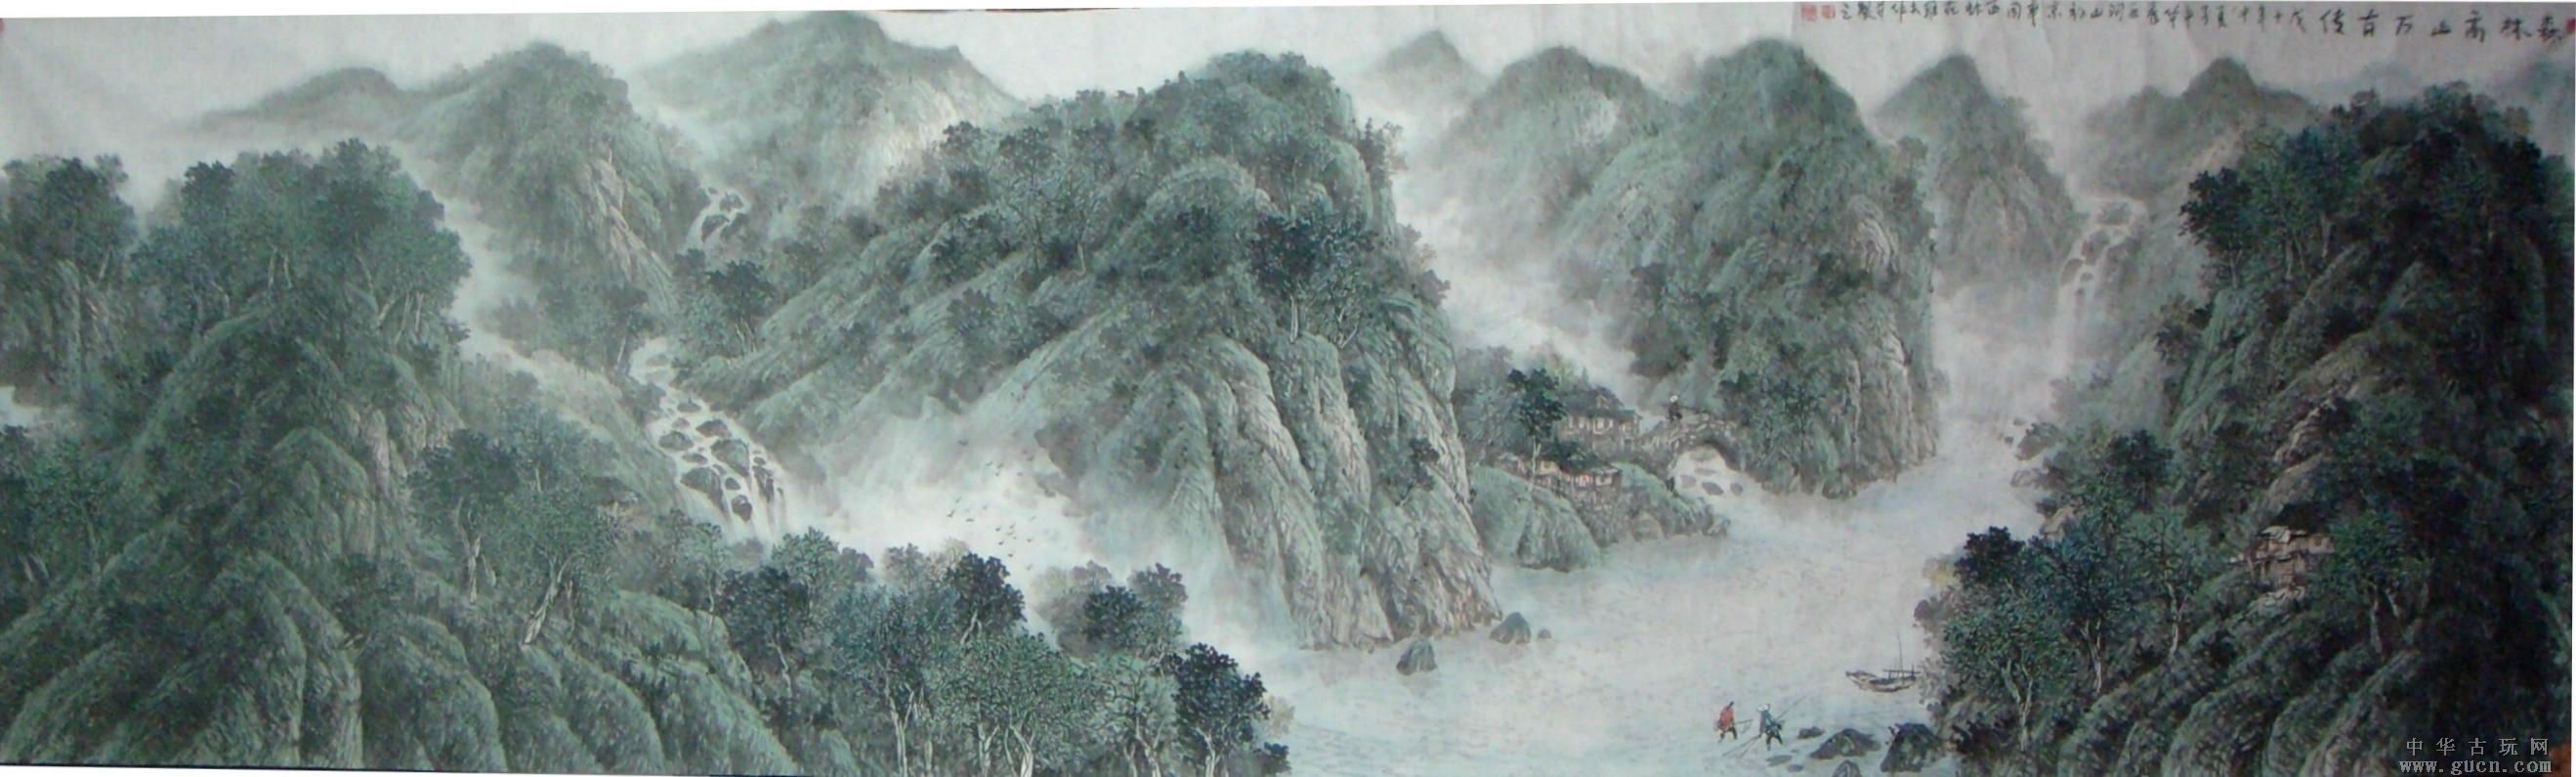
夫师以身为正仪，而贵自安者也。